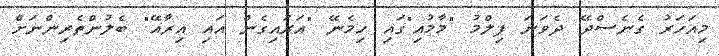
މިއަހަރު ގެނެސްދޭ ދެވަނަ ފިލްމު "މާމުއި"ގައި ހިމެނޭ "އަރައިގެން އައި އިރާއޭ" ބެލުންތެރިންނަށް